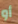
أو